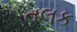
તલક